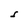
Character: S